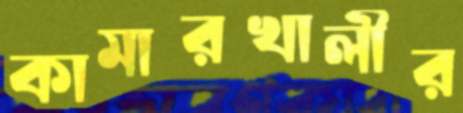
কামারখালীর